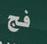
فج